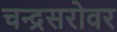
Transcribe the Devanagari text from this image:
चन्द्रसरोवर